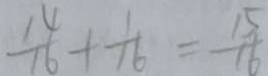
\frac { 1 4 } { 1 6 } + \frac { 1 } { 1 6 } = \frac { 1 5 } { 1 6 }